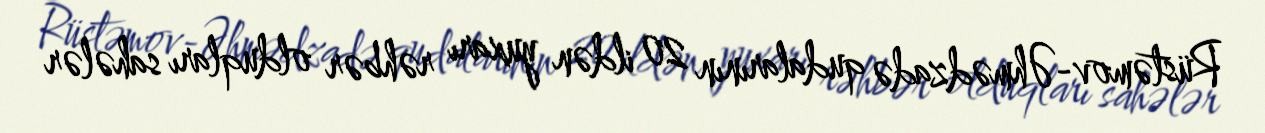
Rüstəmov-Əhmədzadə qudalarının 20 ildən yuxarı rəhbər olduqları sahələr